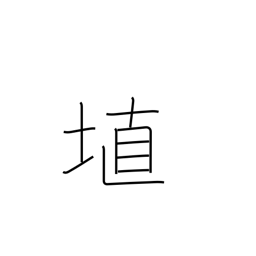
Meaning: clay